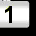
Digit: 1